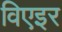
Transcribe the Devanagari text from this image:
विएइर